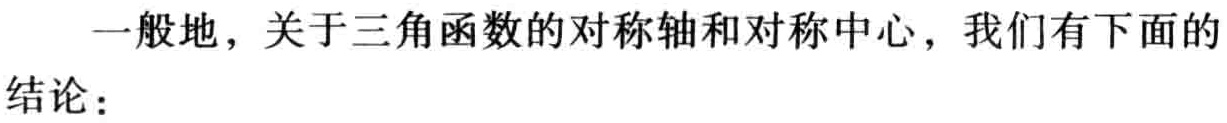
一般地，关于三角函数的对称轴和对称中心，我们有下面的

结论：